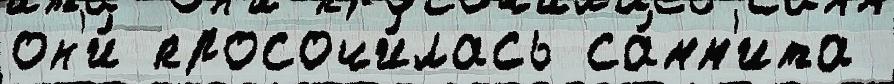
он'и́ просочи́лась са́мм'ита